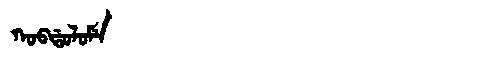
Manchu: ᡴᠣᠪᡩᠣᠯᠣᠮᡝ
Romanization: KOBDOLOME